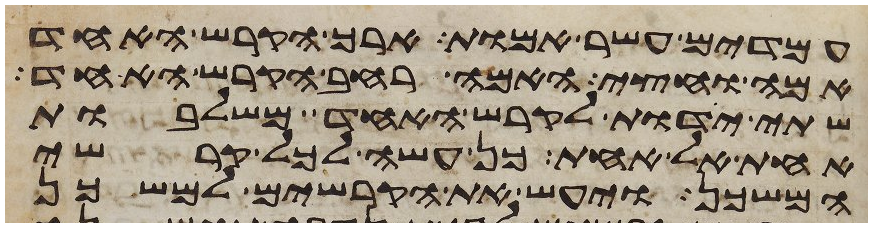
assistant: עמדים עשר אמות ארך הקרש האחד
אמה וחצי האמה רחב הקרש האחד
שתי ידות לקרש האחד משלבות
אחת אל אחת כן עשה לכל קרשי
המשכן ויעש את הקרשים למשכן